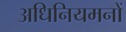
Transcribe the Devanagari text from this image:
अधिनियमनों